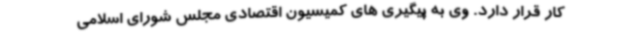
کار قرار دارد. وی به پیگیری های کمیسیون اقتصادی مجلس شورای اسلامی